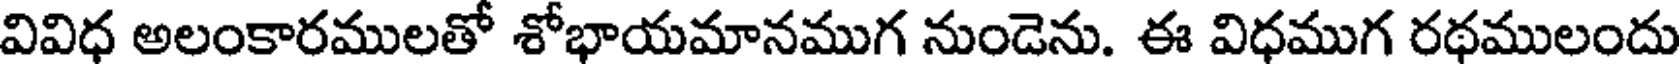
వివిధ అలంకారములతో శోభాయమానముగ నుండెను. ఈ విధముగ రథములందు